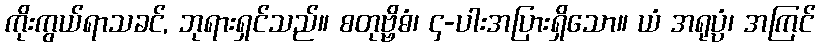
ကိုးကွယ်ရာသခင်, ဘုရားရှင်သည်။ စတုဗ္ဗိဓံ၊ ၄-ပါးအပြားရှိသော။ ယံ အရုပ္ပံ၊ အကြင်